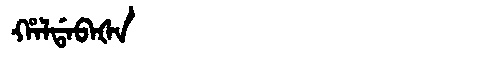
Manchu: ᡥᠠᠯᡩᠠᠪᠠᡧᠠ
Romanization: HALDABAŠA